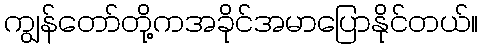
ကျွန်တော်တို့ကအခိုင်အမာပြောနိုင်တယ်။